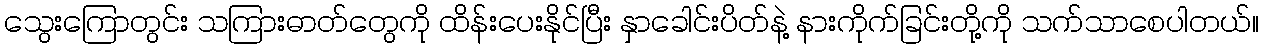
သွေးကြောတွင်း သကြားဓာတ်တွေကို ထိန်းပေးနိုင်ပြီး နှာခေါင်းပိတ်နဲ့ နားကိုက်ခြင်းတို့ကို သက်သာစေပါတယ်။